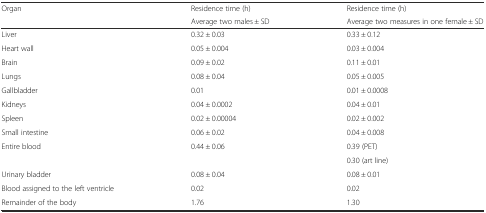
<table><thead><tr><td rowspan="2"><b>Organ</b></td><td><b>Residence time (h)</b></td><td><b>Residence time (h)</b></td></tr><tr><td><b>Average two males ± SD</b></td><td><b>Average two measures in one female ± SD</b></td></tr></thead><tbody><tr><td>Liver</td><td>0.32 ± 0.03</td><td>0.33 ± 0.12</td></tr><tr><td>Heart wall</td><td>0.05 ± 0.004</td><td>0.03 ± 0.004</td></tr><tr><td>Brain</td><td>0.09 ± 0.02</td><td>0.11 ± 0.01</td></tr><tr><td>Lungs</td><td>0.08 ± 0.04</td><td>0.05 ± 0.005</td></tr><tr><td>Gallbladder</td><td>0.01</td><td>0.01 ± 0.0008</td></tr><tr><td>Kidneys</td><td>0.04 ± 0.0002</td><td>0.04 ± 0.01</td></tr><tr><td>Spleen</td><td>0.02 ± 0.00004</td><td>0.02 ± 0.002</td></tr><tr><td>Small intestine</td><td>0.06 ± 0.02</td><td>0.04 ± 0.008</td></tr><tr><td rowspan="2">Entire blood</td><td rowspan="2">0.44 ± 0.06</td><td>0.39 (PET)</td></tr><tr><td>0.30 (art line)</td></tr><tr><td>Urinary bladder</td><td>0.08 ± 0.04</td><td>0.08 ± 0.01</td></tr><tr><td>Blood assigned to the left ventricle</td><td>0.02</td><td>0.02</td></tr><tr><td>Remainder of the body</td><td>1.76</td><td>1.30</td></tr></tbody></table>